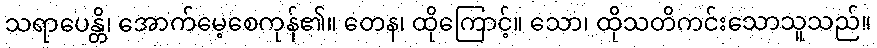
သရာပေန္တိ၊ အောက်မေ့စေကုန်၏။ တေန၊ ထိုကြောင့်။ သော၊ ထိုသတိကင်းသောသူသည်။